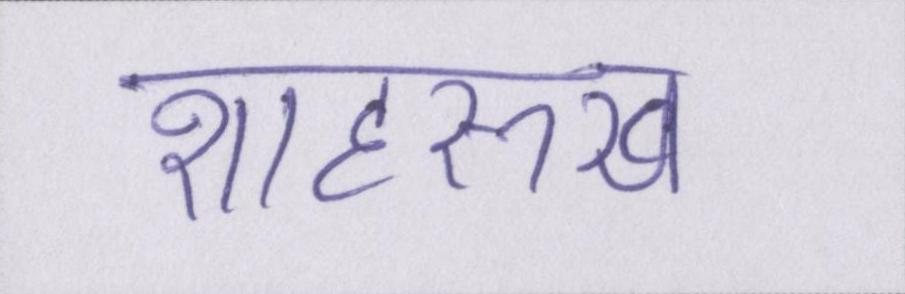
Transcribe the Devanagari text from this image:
शाहरुख